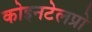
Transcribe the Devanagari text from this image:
कोइनटेलप्रो